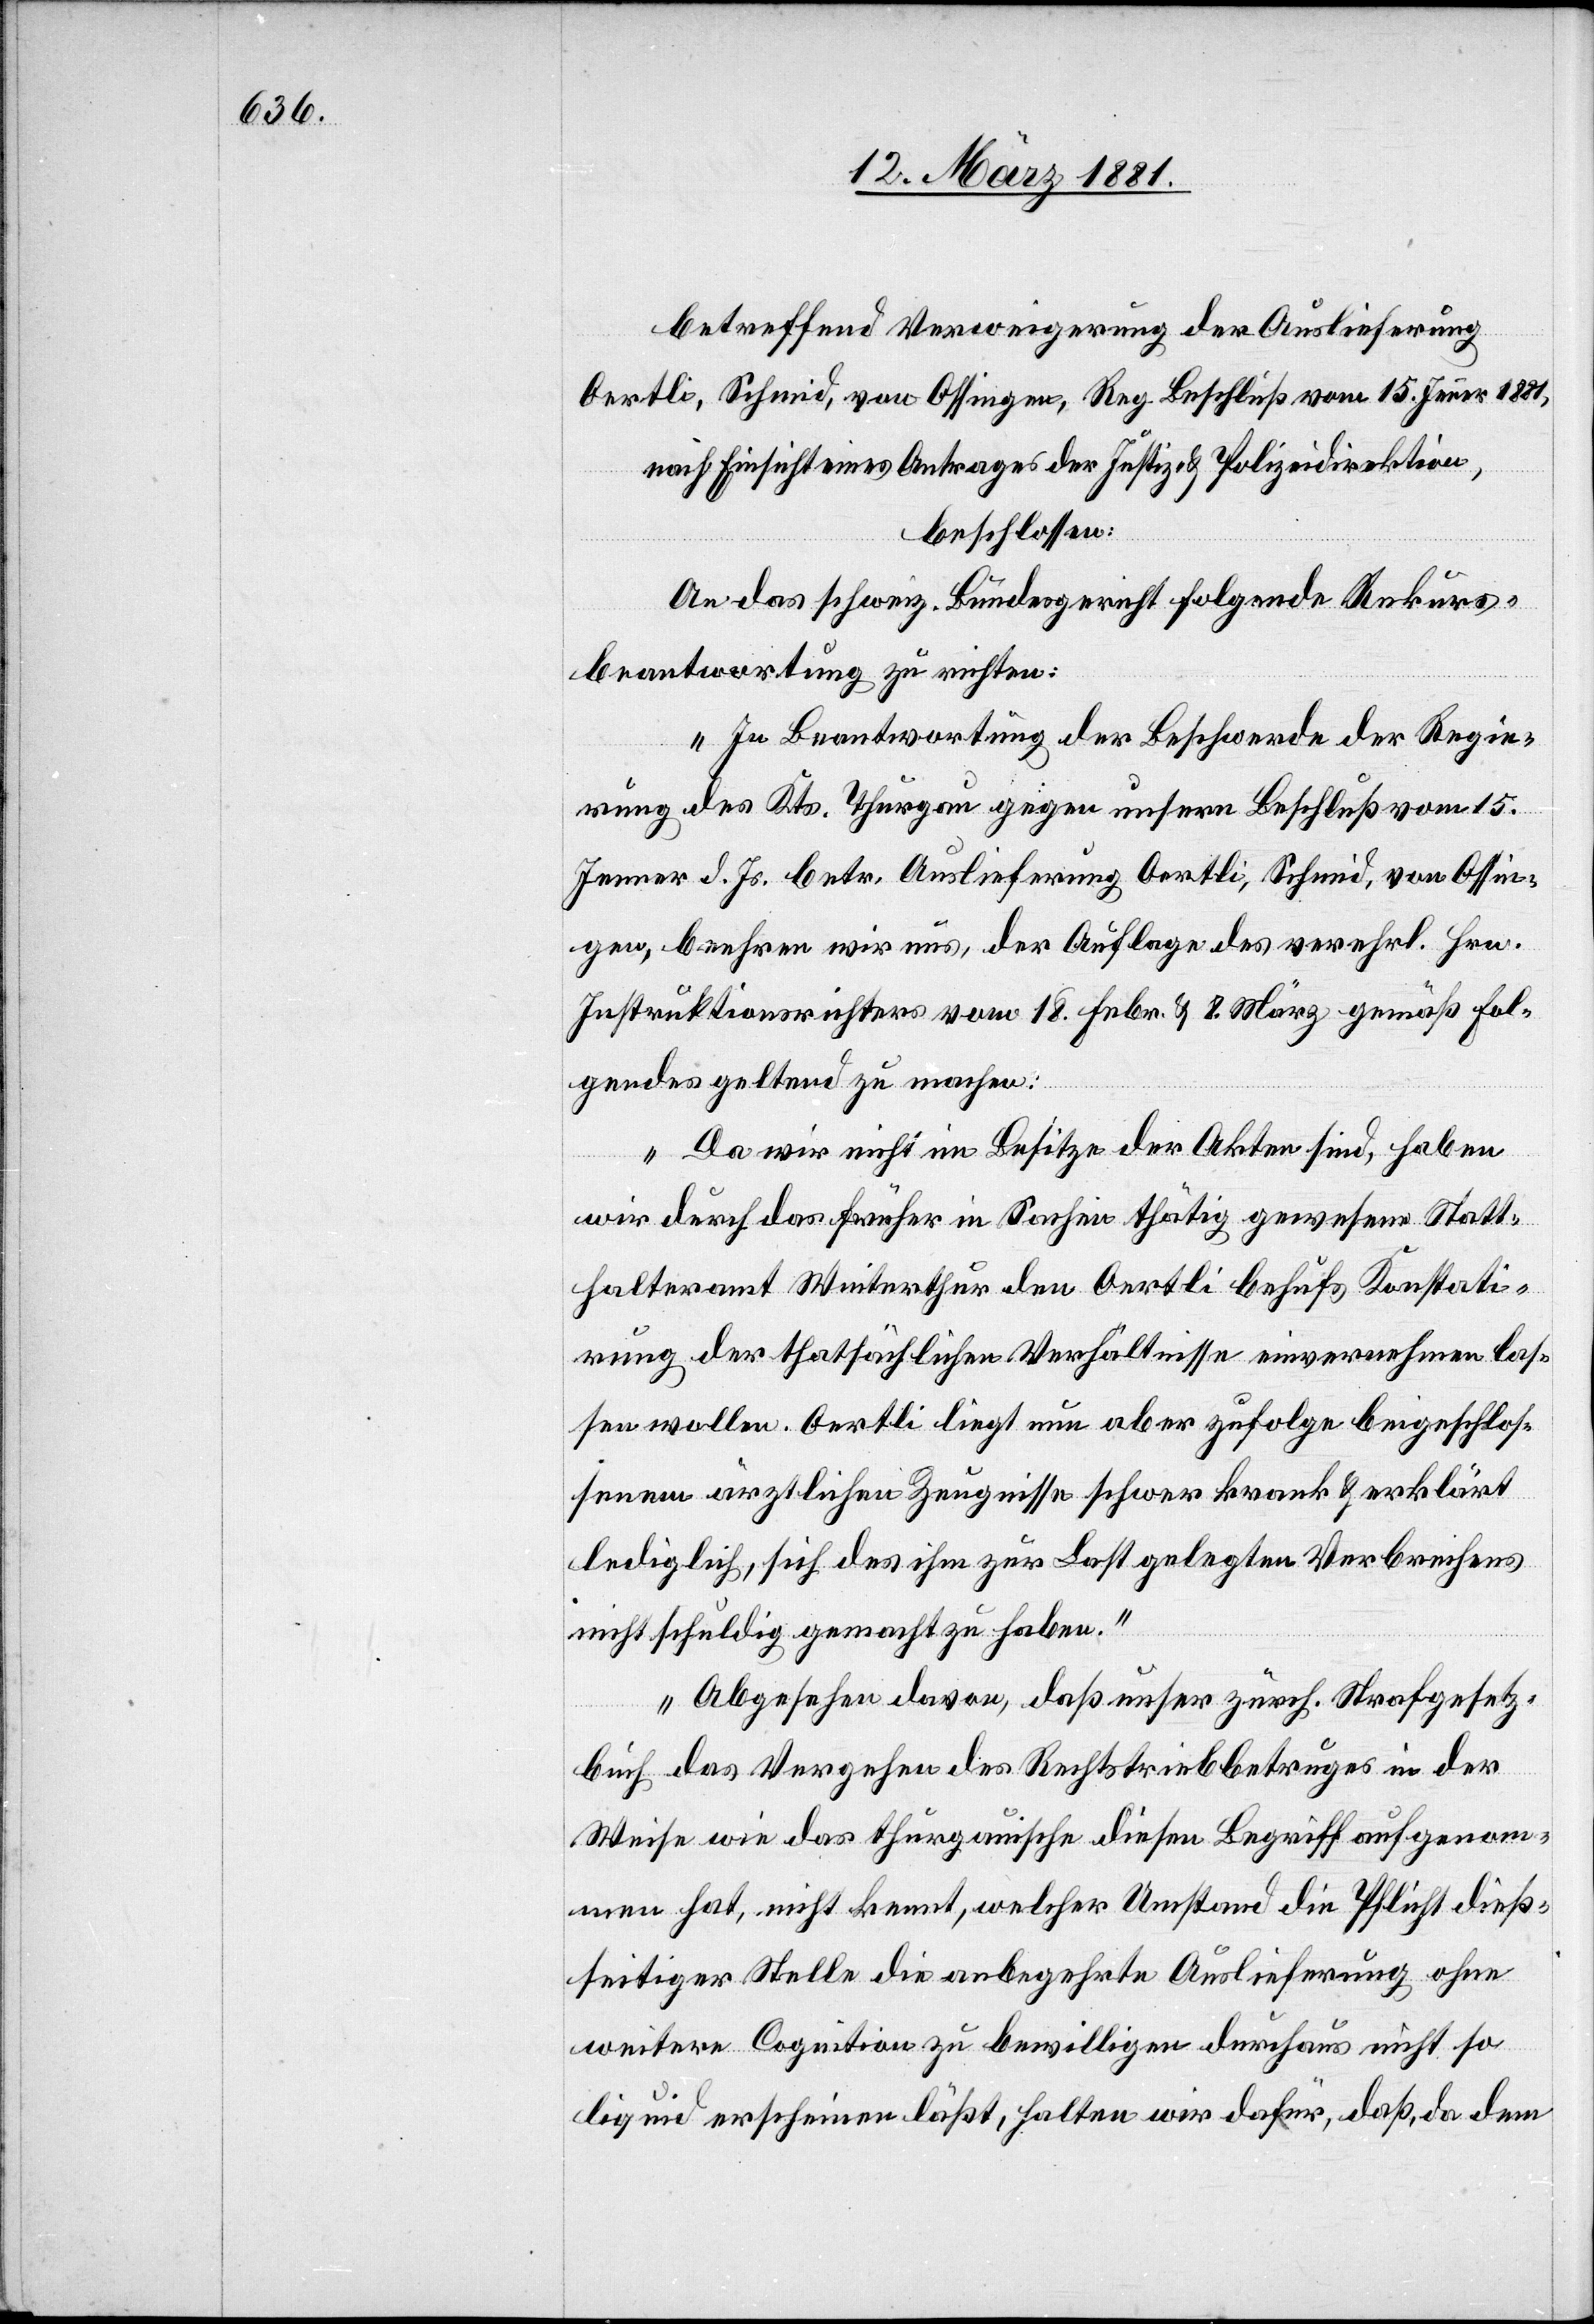
betreffend Verweigerung der Auslieferung
Oertli, Schmid, von Ossingen, Reg. Beschluß vom 15. Jenner 1881,
nach Einsicht eines Antrages der Justiz- & Polizeidirektion,
beschlossen:
An das schweiz. Bundesgericht folgende Rekurs¬
beantwortung zu richten:
„In Beantwortung der Beschwerde der Regie¬
rung des Kts. Thurgau gegen unsern Beschluß vom 15.
Jenner d. Js. betr. Auslieferung Oertli, Schmid, von Ossin¬
gen, beehren wir uns, der Auflage des verehrl. Hrn.
Instruktionsrichters vom 18. Febr. & 8. März gemäß fol¬
gendes geltend zu machen:
„Da wir nicht im Besitze der Akten sind, haben
wir durch das früher in Sachen thätig gewesene Statt¬
halteramt Winterthur den Oertli behufs Konstati¬
rung der thatsächlichen Verhältnisse einvernehmen las¬
sen wollen. Oertli liegt nun aber zufolge beigeschlos¬
senem ärztlichen Zeugnisse schwer krank & erklärt
lediglich, sich des ihm zur Last gelegten Verbrechens
nicht schuldig gemacht haben.“
„Abgesehen davon, daß unser zürch. Strafgesetz¬
buch das Vergehen des Rechtstriebbetruges in der
Weise wie das thurgauische diesen Begriff aufgenom¬
men hat, nicht kennt, welcher Umstand die Pflicht dieß¬
seitiger Stelle die anbegehrte Auslieferung ohne
weitere Cognition zu bewilligen durchaus nicht so
liquid erscheinen läßt, halten wir dafür, daß, da dem